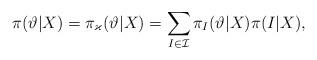
LaTeX: \begin{align*}\pi(\vartheta|X) =\pi_\varkappa(\vartheta|X) =\sum_{I \in\mathcal{I}} \pi_I(\vartheta|X)\pi(I|X),\end{align*}